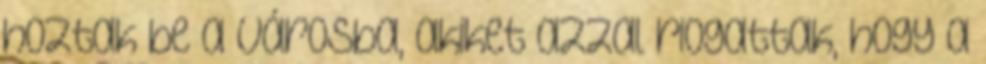
hoztak be a városba, akiket azzal riogattak, hogy a